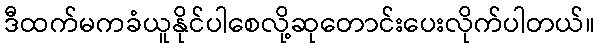
ဒီထက်မကခံယူနိုင်ပါစေလို့ဆုတောင်းပေးလိုက်ပါတယ်။